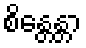
စိန္တေန္တာ